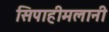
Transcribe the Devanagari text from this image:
सिपाहीमलानी